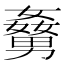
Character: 𡢹